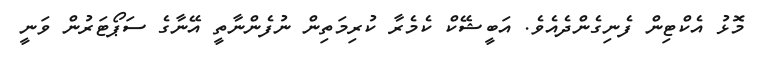
މޮޅު އެކްޓިން ފެނިގެންދެއެވެ. އަބީޝޭކް ކެމެރާ ކުރިމަތިން ނުފެންނާތީ އޭނާގެ ސަޕޯޓަރުން ވަނީ